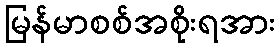
မြန်မာစစ်အစိုးရအား